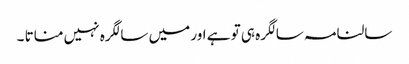
سالنامہ سالگرہ ہی تو ہے اور میں سالگرہ نہیں مناتا ۔